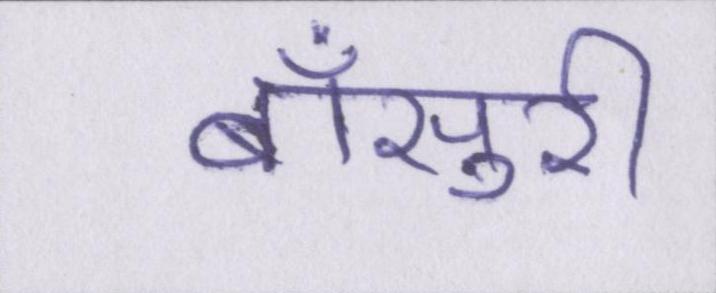
बाँसुरी